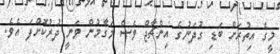
މީގެ އިތުރަށް ބަޑި ގުދަނުގެ އިންޗާޖް ވެސް މަގާމުން ވަނީ ދުރުކޮށްފަ އެވެ.